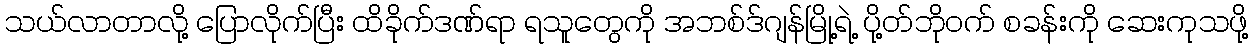
သယ်လာတာလို့ ပြောလိုက်ပြီး ထိခိုက်ဒဏ်ရာ ရသူတွေကို အဘစ်ဒ်ဂျန်မြို့ရဲ့ ပို့တ်ဘိုဝက် စခန်းကို ဆေးကုသဖို့